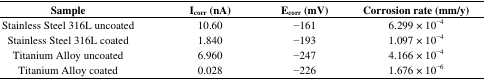
<table><thead><tr><td><b>Sample</b></td><td><b>I<sub>corr</sub> (nA)</b></td><td><b>E<sub>corr</sub> (mV)</b></td><td><b>Corrosion rate (mm/y)</b></td></tr></thead><tbody><tr><td>Stainless Steel 316L uncoated</td><td>10.60</td><td>−161</td><td>6.299 × 10<sup>−4</sup></td></tr><tr><td>Stainless Steel 316L coated</td><td>1.840</td><td>−193</td><td>1.097 × 10<sup>−4</sup></td></tr><tr><td>Titanium Alloy uncoated</td><td>6.960</td><td>−247</td><td>4.166 × 10<sup>−4</sup></td></tr><tr><td>Titanium Alloy coated</td><td>0.028</td><td>−226</td><td>1.676 × 10<sup>−6</sup></td></tr></tbody></table>